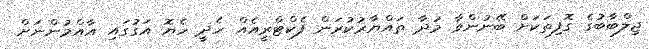
ޖިލްބާބުގެ ގޮފިތަކަށް ބޭނުންވާ މުދާ ތައްޔާރުކުރަން ފެކްޓްރީއެއް ހެދީ ހެޔޮ އަގުގައި އާއްމުންނަށް